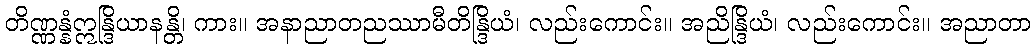
တိဏ္ဏန္နံဣန္ဒြိယာနန္တိ၊ ကား။ အနာညာတညဿာမီတိန္ဒြိယံ၊ လည်းကောင်း။ အညိန္ဒြိယံ၊ လည်းကောင်း။ အညာတာ